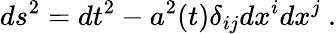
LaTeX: ds^{2}=dt^{2}-a^{2}(t)\delta_{ij}dx^{i}dx^{j}~.